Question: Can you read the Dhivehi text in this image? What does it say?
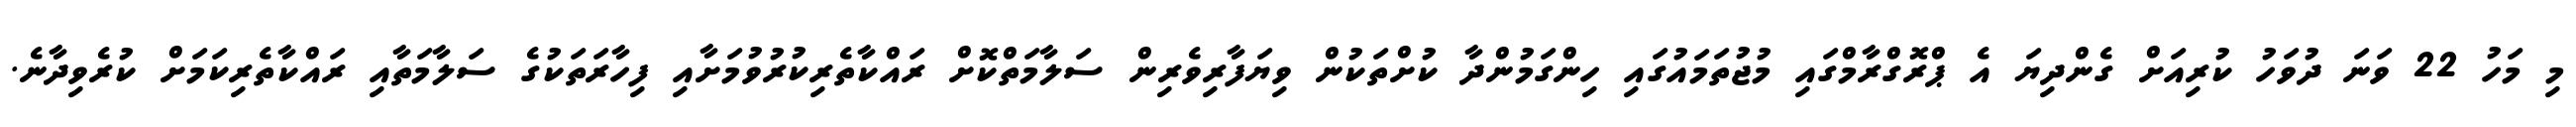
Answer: މި މަހު 22 ވަނަ ދުވަހު ކުރިއަށް ގެންދިޔަ އެ ޕްރޮގްރާމްގައި މުޖުތަމައުގައި ހިންގަމުންދާ ކުށްތަކުން ވިޔަފާރިވެރިން ސަލާމަތްކޮށް ރައްކާތެރިކުރުވުމަށާއި ފިހާރަތަކުގެ ސަލާމަތާއި ރައްކާތެރިކަމަށް ކުރެވިދާނެ.